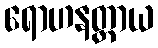
ရောဟနတ္ထာယ